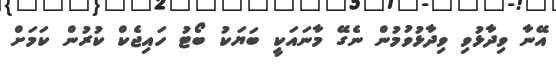
އޭނާ ވިދާޅުވި ވިދާޅުވުމުން ނެގޭ މާނައަކީ ބަޔަކު ބޯޓު ހައިޖެކް ކުރުން ކަމަށް